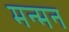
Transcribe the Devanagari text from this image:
मन्मन